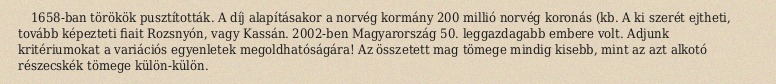
1658-ban törökök pusztították. A díj alapításakor a norvég kormány 200 millió norvég koronás (kb. A ki szerét ejtheti, tovább képezteti fiait Rozsnyón, vagy Kassán. 2002-ben Magyarország 50. leggazdagabb embere volt. Adjunk kritériumokat a variációs egyenletek megoldhatóságára! Az összetett mag tömege mindig kisebb, mint az azt alkotó részecskék tömege külön-külön.